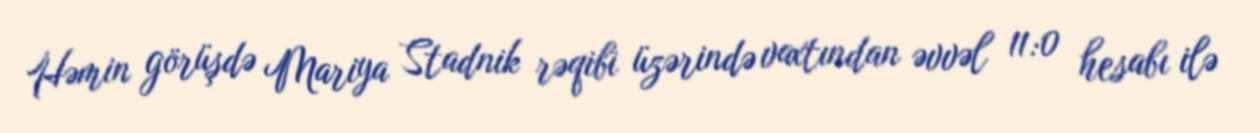
Həmin görüşdə Mariya Stadnik rəqibi üzərində vaxtından əvvəl 11:0 hesabı ilə